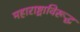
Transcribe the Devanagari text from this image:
महाराष्ट्राविरूद्ध